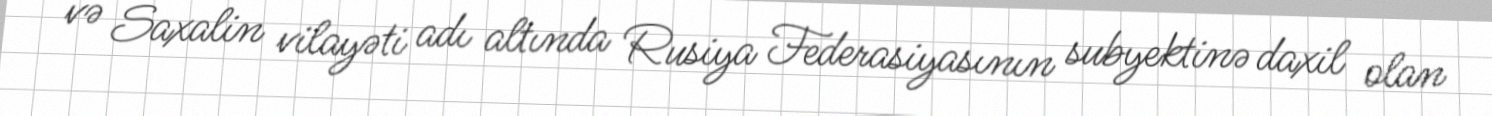
və Saxalin vilayəti adı altında Rusiya Federasiyasının subyektinə daxil olan